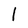
Character: l